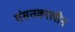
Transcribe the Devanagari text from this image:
वंसतकालीन